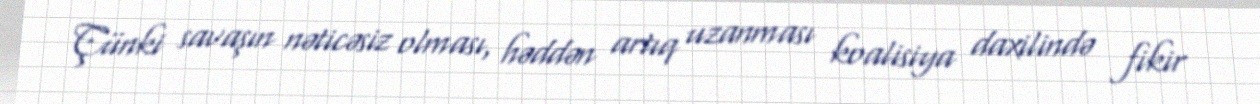
Çünki savaşın nəticəsiz olması, həddən artıq uzanması koalisiya daxilində fikir